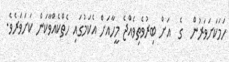
ހަމަކަށަވަރުން  ގެ  އަށް ބިރުވެތިވެއްޖެ މީހާއަށް އެކަމުގައި ހެތްކެއްވާކަން ކަށަވަރެވެ.